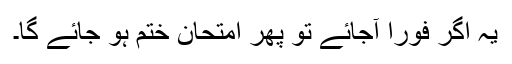
یہ اگر فوراً آجائے تو پھر امتحان ختم ہو جائے گا۔